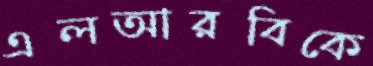
এলআরবিকে